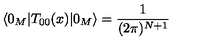
\langle 0 _ { M } | T _ { 0 0 } ( x ) | 0 _ { M } \rangle = \frac { 1 } { ( 2 \pi ) ^ { N + 1 } }